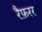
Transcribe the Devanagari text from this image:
रैफ़रर